Scottish Leaving Certificate Examination, 1961
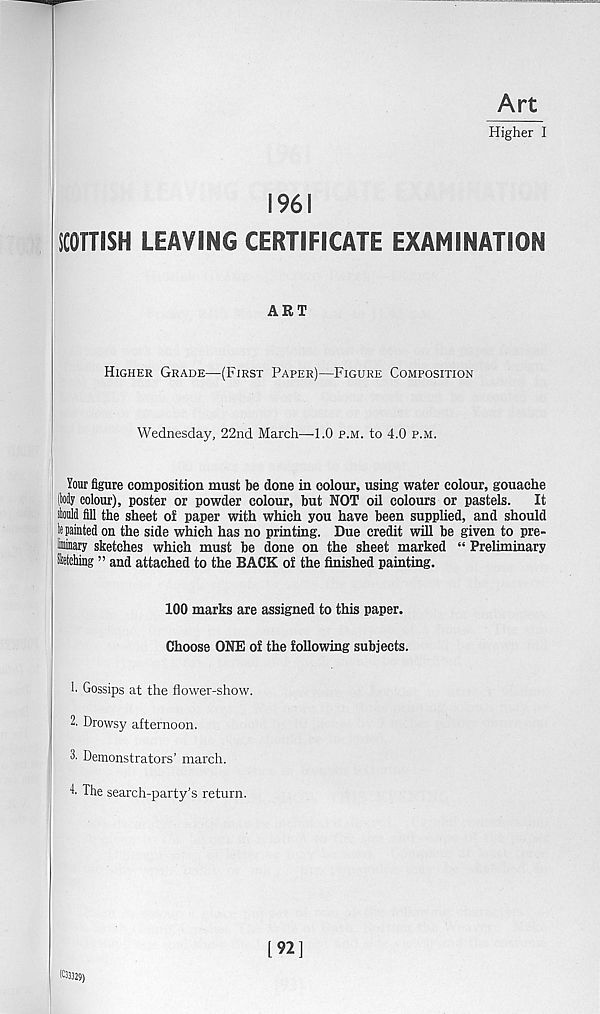
Art
Higher I
1961
SCOTTISH LEAVING CERTIFICATE EXAMINATION
ART
Higher Grade—(First Paper)—Figure Composition
Wednesday, 22nd March—-1.0 p.m. to 4.0 p.m.
Your figure composition must be done in colour, using water colour, gouache
(My colour), poster or powder colour, but NOT oil colours or pastels.
It
should fill the sheet of paper with which you have been supplied, and should
hi painted on the side which has no printing. Due credit will be given to pre-
Mnary sketches which must be done on the sheet marked “ Preliminary
Sketching ” and attached to the BACK of the finished painting.
100 marks are assigned to this paper.
Choose ONE of the following subjects.
!• Gossips at the flower-show.
2. Drowsy afternoon.
1 Demonstrators’ march.
4’ The search-party’s return.
K33329)
[92]